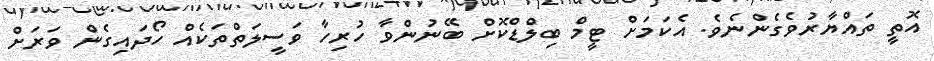
އޮތީ ތައްޔާރުވެގެންނެެވެ. އެކަމަށް ޓީމް ބިލްޑްކޮށް ބޭނުންވާ ހުރިހާ ވަސީލަތްތަކެއް ހޯދައިގެން ވަރަށް